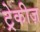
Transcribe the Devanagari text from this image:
ट्रेकीज़